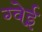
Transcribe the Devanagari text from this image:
ग्वेई